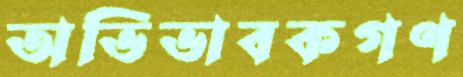
অভিভাবকগণ